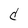
Character: d